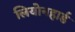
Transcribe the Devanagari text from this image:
लियोनहार्ड